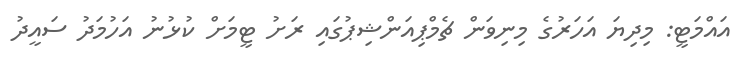
އައްމަޓީ: މިދިޔަ އަހަރުގެ މިނިވަން ޗެމްޕިއަންޝިޕުގައި ރަށު ޓީމަށް ކުޅުނު އަހުމަދު ސައީދު